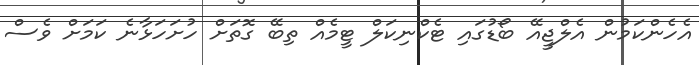
އެހެންކަމުން އެލްޖީއޭ ބޯޑުގައި ޓެކްނިކަލް ޓީމެއް ތިބޭ ގޮތަށް ހުށަހަޅާނެ ކަމަށް ވެސް